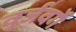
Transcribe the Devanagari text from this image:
वुर्जवर्गे